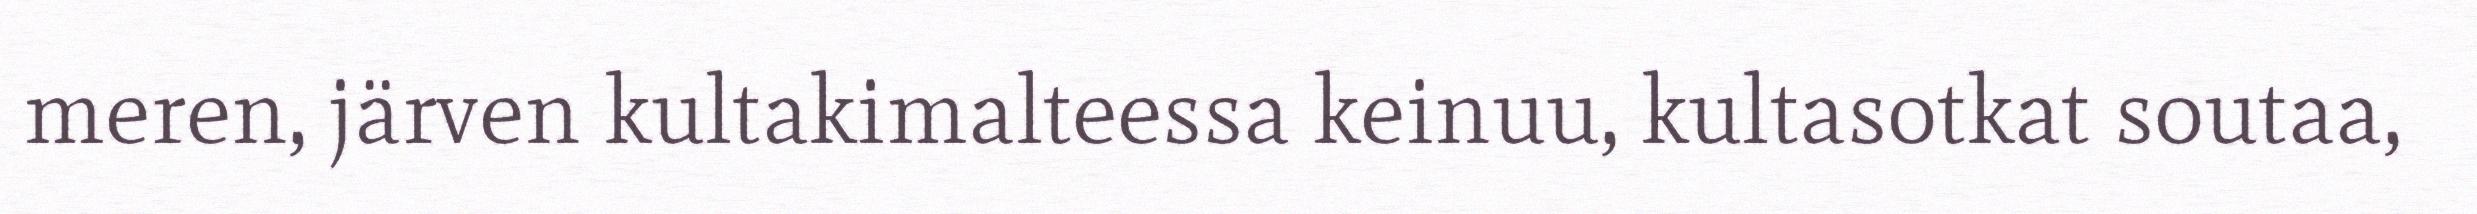
meren, järven kultakimalteessa keinuu, kultasotkat soutaa,